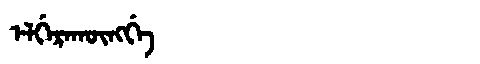
Manchu: ᡝᠯᡤᡝᡵᠠᡴᡡᠩᡤᡝ
Romanization: ELGERAKŪNGGE